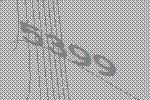
5399